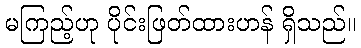
မကြည့်ဟု ပိုင်းဖြတ်ထားဟန် ရှိသည်။